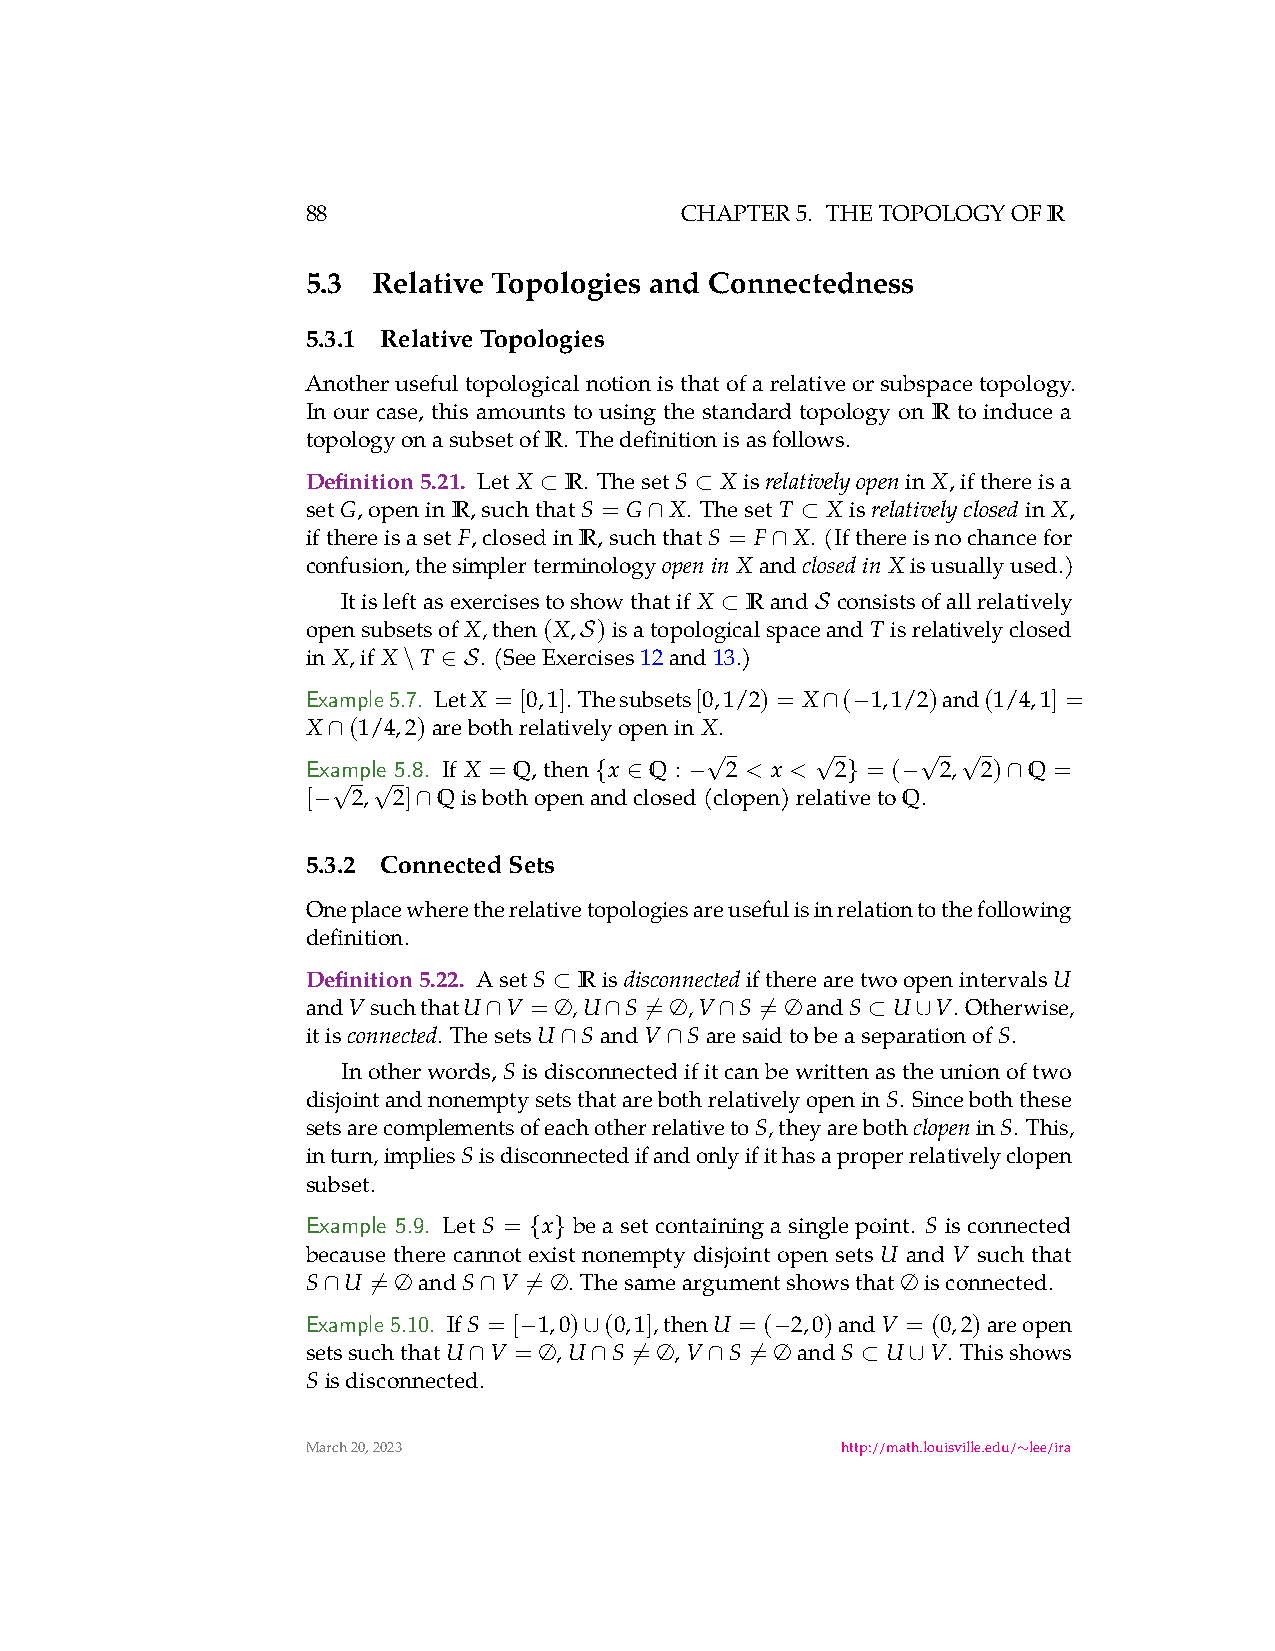
88                       CHAPTER5. THETOPOLOGYOFR
 5.3  Relative Topologies and Connectedness
 5.3.1 RelativeTopologies
 Anotherusefultopologicalnotionisthatofarelativeorsubspacetopology.
 In our case, this amounts to using the standard topology on R to induce a
 topologyonasubsetofR. Thedefinitionisasfollows.
 Definition5.21. Let X R. ThesetS X is relativelyopenin X,ifthereisa
 ⊂         ⊂
 setG,openinR,suchthatS = G X. Theset T X is relativelyclosedin X,
 ∩         ⊂
 ifthereisaset F,closedinR,suchthatS = F X. (Ifthereisnochancefor
 ∩
 confusion,thesimplerterminology openin X and closedin X isusuallyused.)
 Itisleftasexercisestoshowthatif X Rand consistsofallrelatively
 ⊂     S
 opensubsetsof X,then(X, )isatopologicalspaceand T isrelativelyclosed
 S
 in X,if X T . (SeeExercises12and13.)
 \ ∈ S
 Example5.7. LetX = [0,1]. Thesubsets[0,1/2) = X ( 1,1/2)and(1/4,1] =
 ∩ −
 X  (1/4,2)arebothrelativelyopenin X.
 ∩
 Example 5.8. If X = Q,then x Q : √2 < x < √2 = ( √2,√2) Q =
 { ∈    −         }   −      ∩
 [ √2,√2] Qisbothopenandclosed(clopen)relativetoQ.
 −      ∩
 5.3.2 ConnectedSets
 Oneplacewheretherelativetopologiesareusefulisinrelationtothefollowing
 definition.
 Definition5.22. AsetS Ris disconnectediftherearetwoopenintervalsU
 ⊂
 andVsuchthatU V = ∅,U S = ∅,V S = ∅andS U V. Otherwise,
 ∩       ∩  ̸    ∩ ̸      ⊂   ∪
 itis connected. ThesetsU SandV SaresaidtobeaseparationofS.
 ∩      ∩
 Inotherwords,Sisdisconnectedifitcanbewrittenastheunionoftwo
 disjointandnonemptysetsthatarebothrelativelyopeninS. Sinceboththese
 setsarecomplementsofeachotherrelativetoS,theyareboth clopeninS. This,
 inturn,impliesSisdisconnectedifandonlyifithasaproperrelativelyclopen
 subset.
 Example 5.9. Let S = x be a set containing a single point. S is connected
 { }
 because there cannot exist nonempty disjoint open sets U and V such that
 S  U = ∅andS V = ∅. Thesameargumentshowsthat∅isconnected.
 ∩  ̸       ∩  ̸
 Example 5.10. IfS = [ 1,0) (0,1],thenU = ( 2,0)andV = (0,2)areopen
 −    ∪           −
 setssuchthatU V = ∅,U S = ∅,V S = ∅andS U V. Thisshows
 ∩       ∩  ̸    ∩  ̸      ⊂  ∪
 Sisdisconnected.
 March20,2023                        http://math.louisville.edu/ lee/ira
 ∼